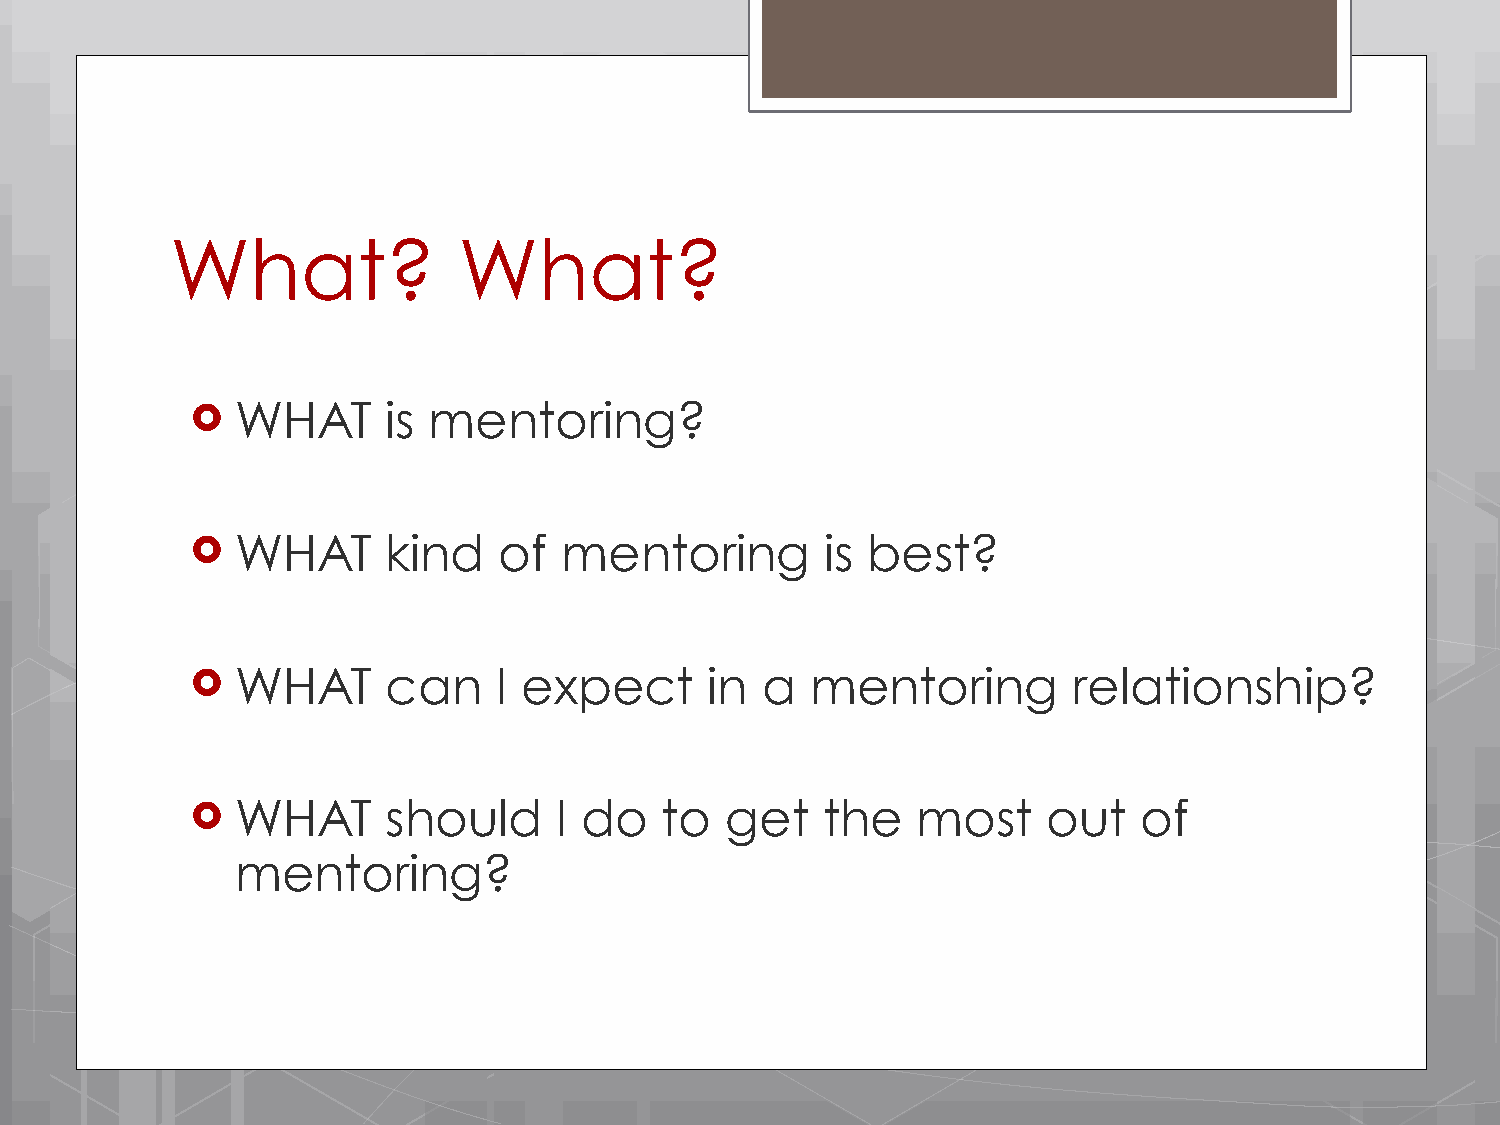
What?              What?
 !  WHAT     is mentoring?
 !  WHAT     kind    of  mentoring         is best?
 !  WHAT     can     I expect      in a   mentoring        relationship?
 !  WHAT     should      I do   to  get   the    most    out   of
 mentoring?